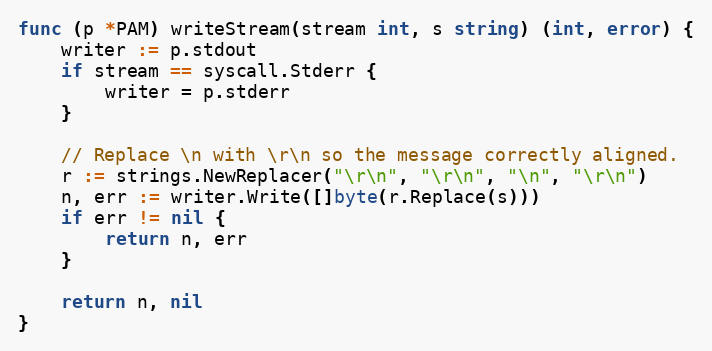
Language: Go
func (p *PAM) writeStream(stream int, s string) (int, error) {
	writer := p.stdout
	if stream == syscall.Stderr {
		writer = p.stderr
	}

	// Replace \n with \r\n so the message correctly aligned.
	r := strings.NewReplacer("\r\n", "\r\n", "\n", "\r\n")
	n, err := writer.Write([]byte(r.Replace(s)))
	if err != nil {
		return n, err
	}

	return n, nil
}